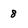
Character: 8